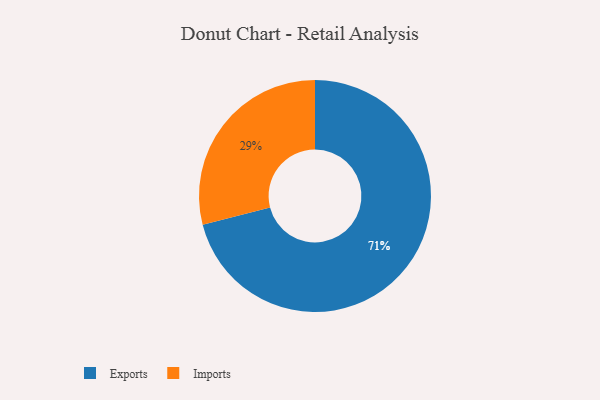
{"axis": {"x": "Category", "y": "Percentage"}, "legend": ["Exports", "Imports"], "data": [{"x": "Exports", "y": 71, "type": "Exports"}, {"x": "Imports", "y": 29, "type": "Imports"}]}